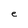
Character: e